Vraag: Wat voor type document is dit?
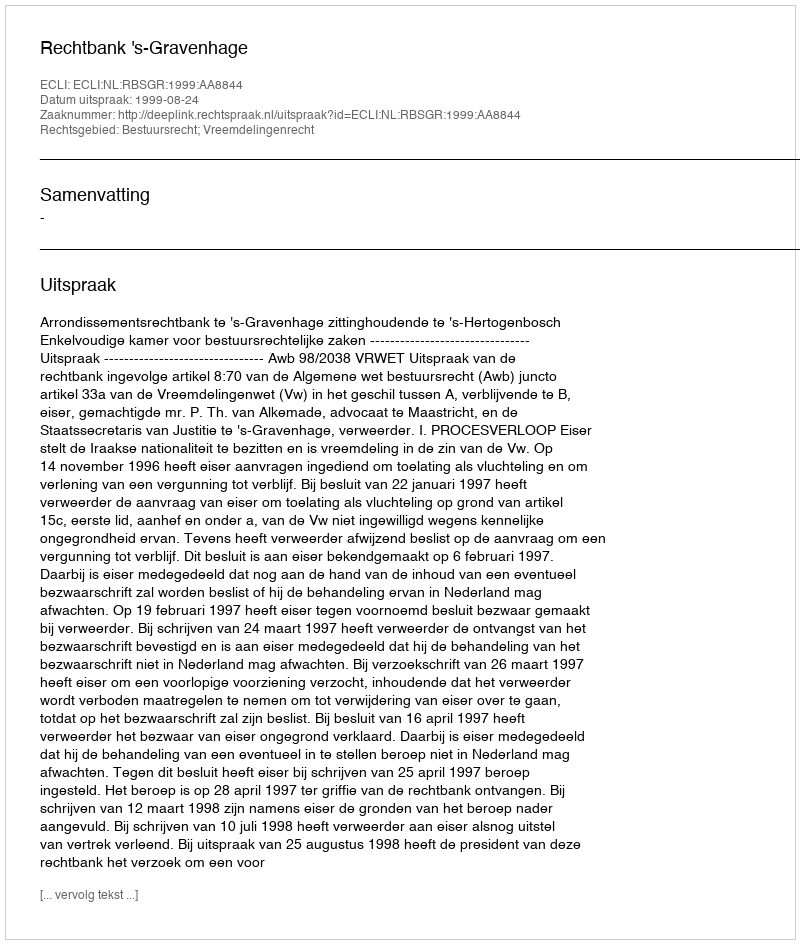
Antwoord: Uitspraak